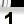
Digit: 1